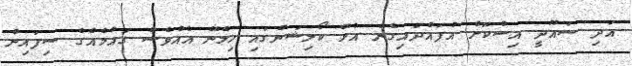
އަދި ސައޫދީ އިސްކޮށް އުފައްދައިގެން އުޅޭ ކޯލިޝަންގައި ހިމެނޭ އެއްވެސް ގައުމެއްގެ ސިފައިން